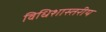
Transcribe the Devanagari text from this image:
विधिशास्तरीय